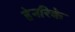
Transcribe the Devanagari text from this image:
हेनरिके